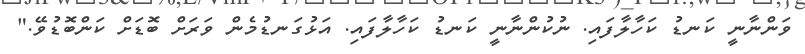
ވަންނާނީ ކަނޑު ކަހާލާފައި. ނުކުންނާނީ ކަނޑު ކަހާލާފައި. އަޅުގަނޑުމެން ވަރަށް ބޮޑަށް ކަންބޮޑުވޭ."